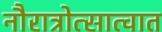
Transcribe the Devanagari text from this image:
नौरात्रोत्सात्वात